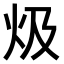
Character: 𤆣